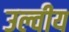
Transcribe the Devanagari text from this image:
उल्वीय